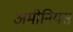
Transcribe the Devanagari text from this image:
अमीनियस